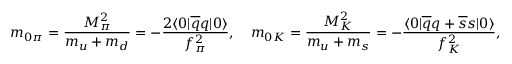
m _ { 0 \pi } = \frac { M _ { \pi } ^ { 2 } } { m _ { u } + m _ { d } } = - \frac { 2 \langle 0 | \overline { { { q } } } q | 0 \rangle } { f _ { \pi } ^ { 2 } } , \quad m _ { 0 K } = \frac { M _ { K } ^ { 2 } } { m _ { u } + m _ { s } } = - \frac { \langle 0 | \overline { { { q } } } q + \overline { { { s } } } s | 0 \rangle } { f _ { K } ^ { 2 } } ,